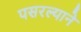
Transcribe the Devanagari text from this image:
पसरल्याने